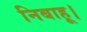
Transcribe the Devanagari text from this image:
निबाहू।